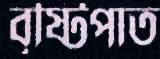
বৃষ্টিপাত